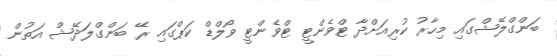
ބަންގްލޭޝްގައި މިހާރު ކުރިއަށްދާ ޓްވެންޓީ ޓްވެންޓީ ވޯލްޑް ކަޕްގައި ރޭ ބަންގްލަދޭޝް އަތުން